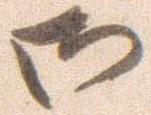
御